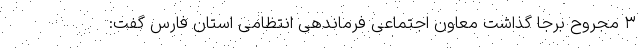
۳ مجروح برجا گذاشت معاون اجتماعی فرماندهی انتظامی استان فارس گفت: